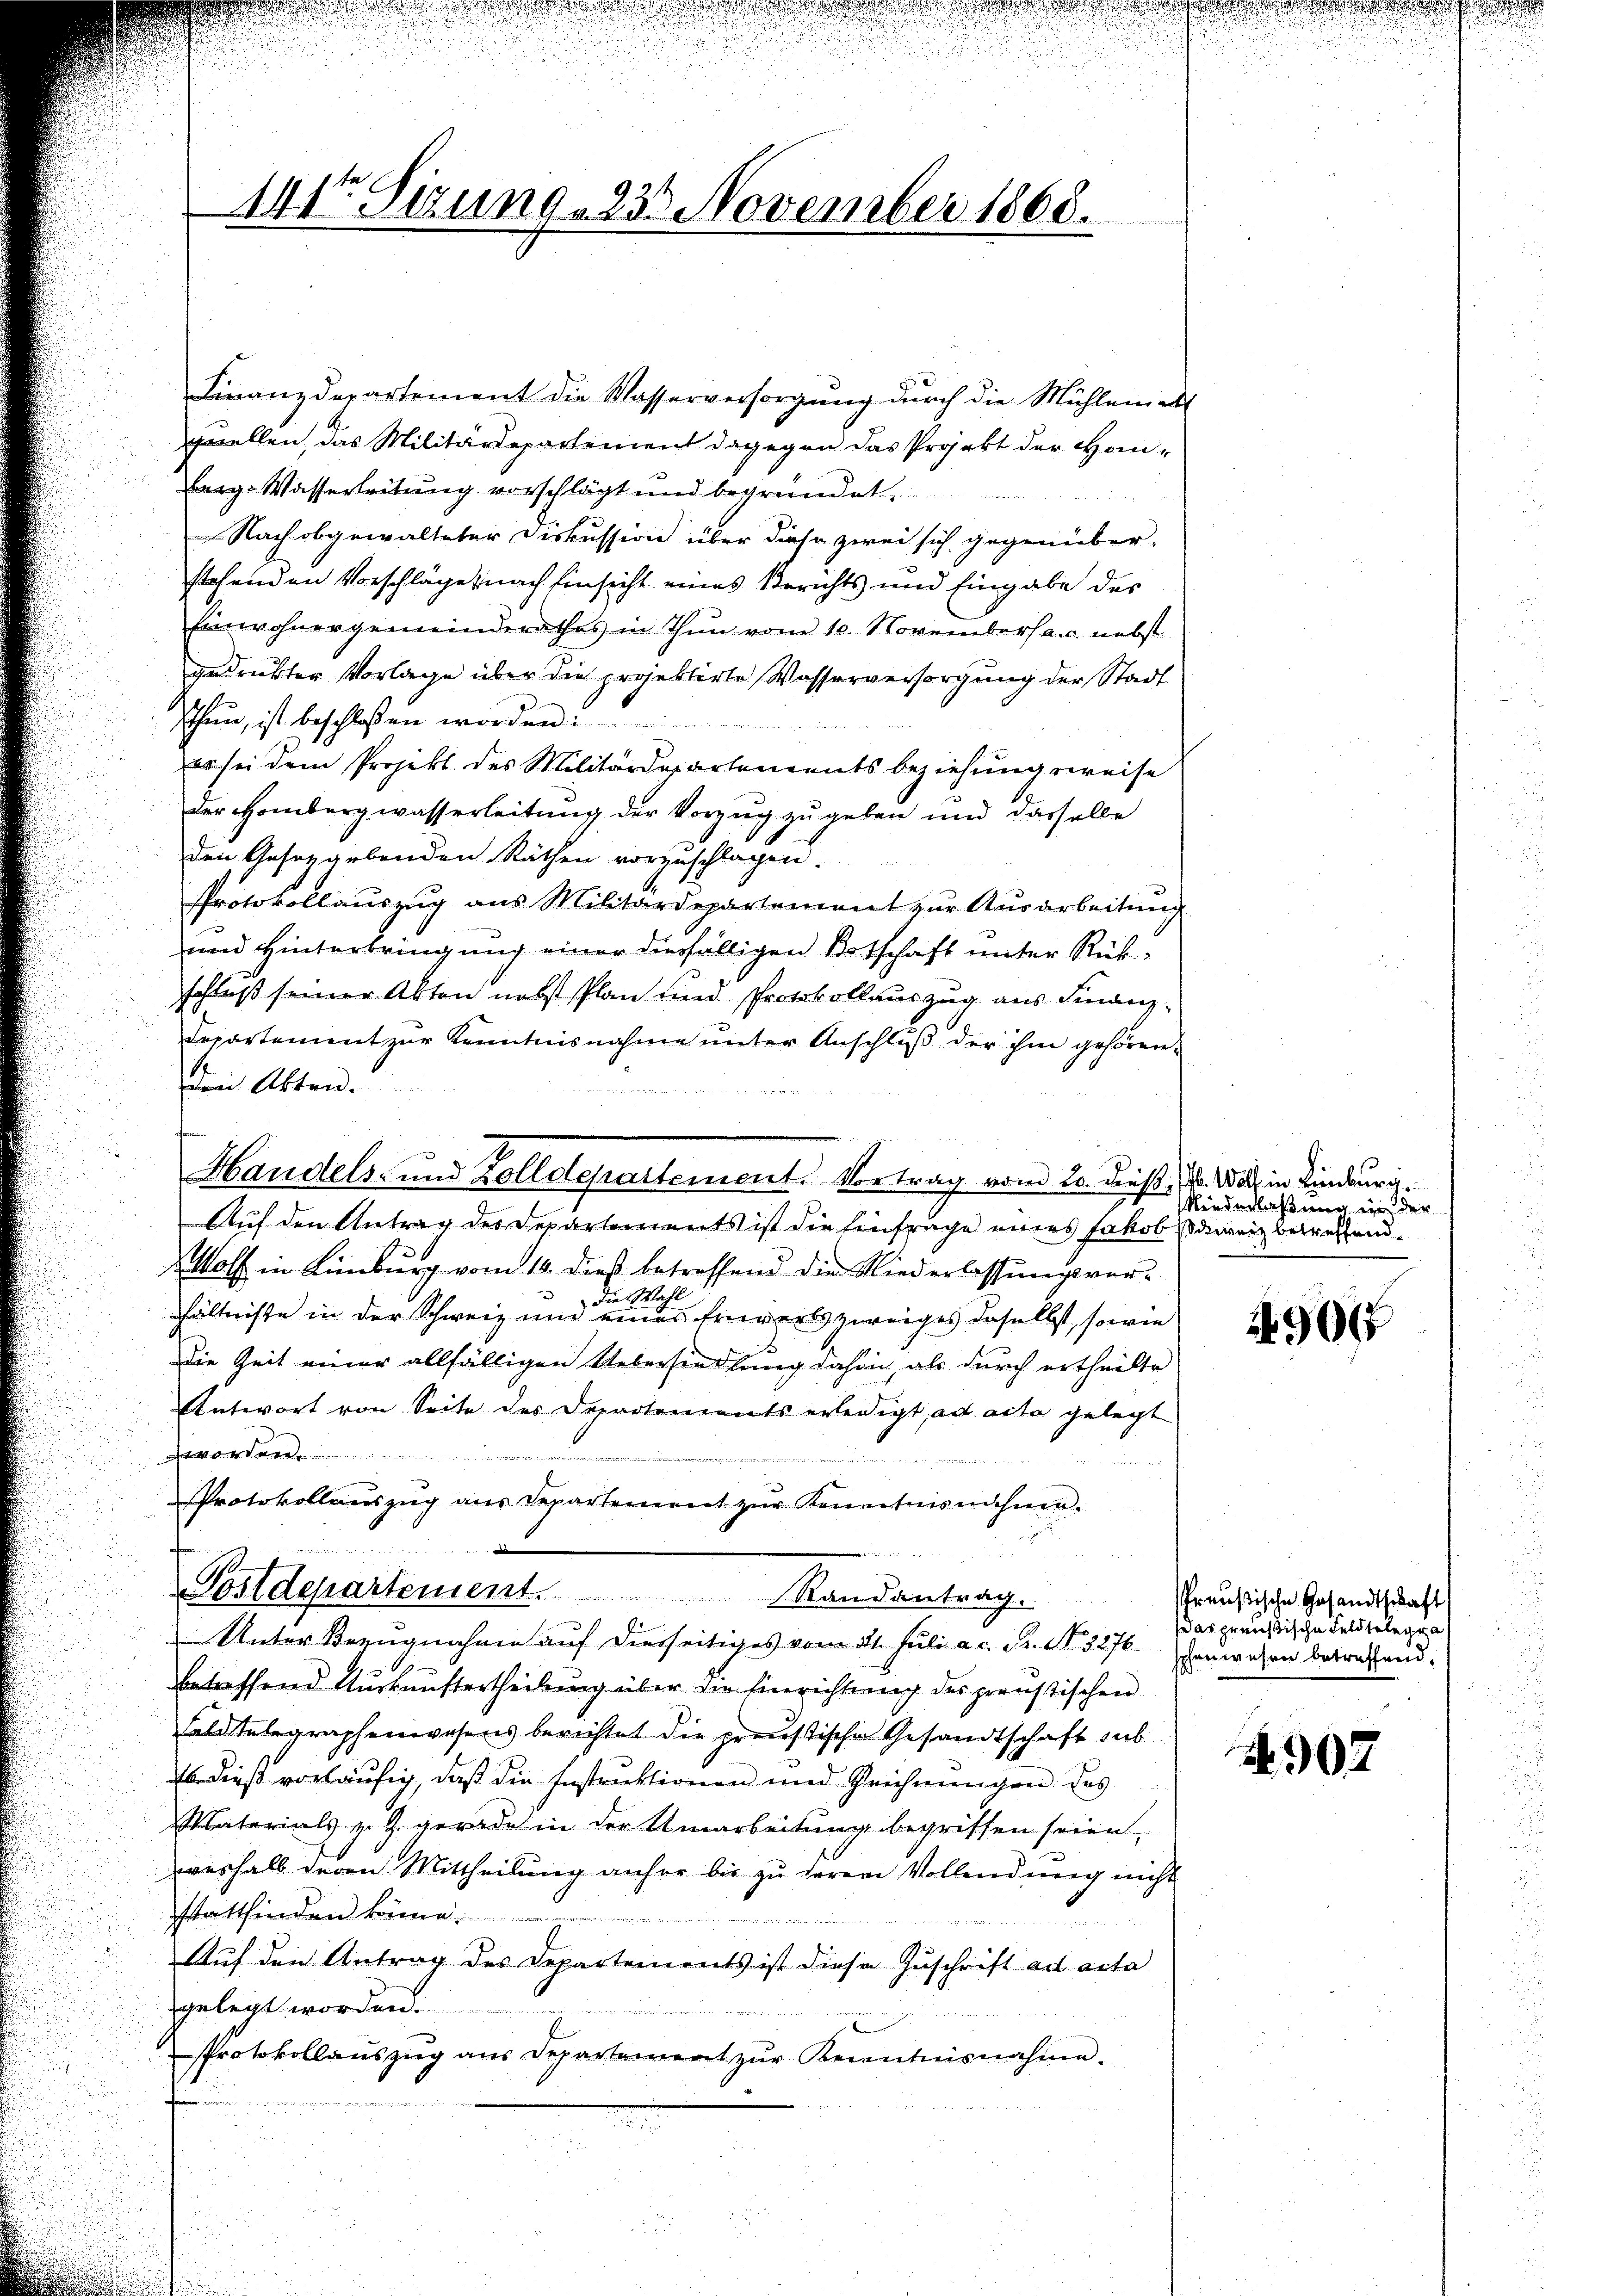
141te Sitzung , 23 November 1868.

Finanzdepartement die Wasserversorgung durch die Mühlemat
quellen, das Militärdepartement dagegen das Projekt der Han¬
Berg-Wasserleitung vorschlägt und begründet.
Nach obgewalteter Diskussion über diese zwei sich gegenüber-
stehenden Vorschläge nach Einsicht eines Berichts und Eingabe des
Einwohnergemeinderathes in Thun vom 10. November a. c. nebst
gedrückter Vorlage über die projektirte Wasserversorgung der Stadt
schen, ist beschlossen worden.
es sei dem Projekt des Militärdepartements beziehungsweise
der Hombergwasserleitung der Vorzug zu geben und dasselbe
den Gesetzgebenden Räthen vorzuschlagen.
Protokollauszug aus Militärdepartement zur Ausarbeitung
und Hinterbringung einer diesfälligen Botschaft unter Rückschluß seiner Akten nebst Plan und Protokollauszug aus Finanz¬
Departement zur Kenntnisnahme unter Anschluß der ihm gehörenden Akten.

Auf den Antrag des Departements ist die Einfrage eines Jakob Serenz betreffend.
Wolf in Limburg vom 14. dieß betreffend die Niederlassungsverhältnisse in der Schweiz und der eine einen Erwerbszweiges daselbst, sowie
Die Zeit einer allfälligen Ueberhandlung dahin, als durch ertheilte
Antwort von Seite des Departements erledigt ad acta gelegt
.
Protokollauszug aus Departement zŭr Kenntnisnahmen.

Postdepartement. Randantrag.
Unter Bezugnahme auf diesseitiges vom 21. Juli a. c. S. Nr. 3276. schenwesen betreffen.
betreffend Auskunftertheilung über die Einrichtung des preustischen
Feldstelegraphenwesens berichtet die preustische Gesandtschaft sub
b dieß vorläufig, daß die Instruktionen und Reichnungen des
Materials v. J. gerade in der Umarbeitung begriffen seien,
weshalb deren Mittheilung anher bis zu deren Vollendung nicht
sstattfinden könne.
Auf den Antrag des Departements ist diese Zuschrift ad acta
gelegt worden.
Protokollaŭszŭg ans Departement zŭr Kenntnisnahme.
f

Handels- und Zollderartement. Vortrag vom 20. dieß, d. 1881, in Kindenra¬

s
Niederlaßung in der

4906

Preußische Gesandtschaft
(das preußische Feldtelegra

A.902